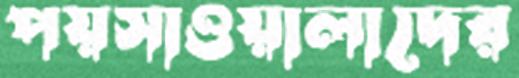
পয়সাওয়ালাদের